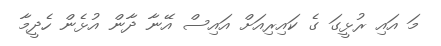
މަ އައި ރުޅީގަ ގެ ކައިރިއަށް އައިސް އޭނާ ދާން އުޅެން ހެދީމާ